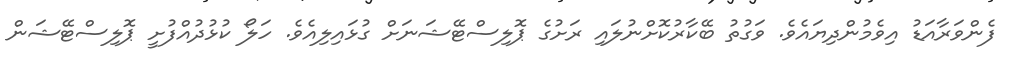
ފެންވަރާއަޑު އިވެމުންދިޔައެވެ. ވަގުތު ބޭކާރުކޮށްނުލައި ރަށުގެ ޕޮލިސްޓޭޝަނަށް ގުޅައިލިއެވެ. ހަލޯ ކުޅުދުއްފުށީ ޕޮލިސްޓޭޝަން